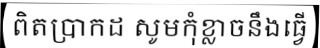
ពិតប្រាកដ សូមកុំខ្លាចនឹងធ្វើ